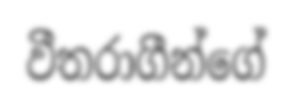
වීතරාගීන්ගේ